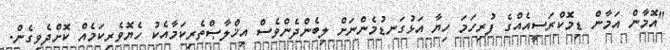
"އޮމާން އަމާން ޑިމޮކްރަސީއެއްގެ ފުރިހަމަ ހިޔާ އަޅުގަނޑުމެންނަށް ލިބެންދެންވެސް އިޚްލާޞްތެރިކަމާއެކު ހެޔޮވެރިކަމެއް ކޮށްދެވިގެން.